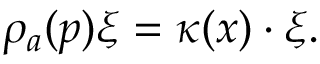
\rho _ { a } ( p ) \xi = \kappa ( x ) \cdot \xi .